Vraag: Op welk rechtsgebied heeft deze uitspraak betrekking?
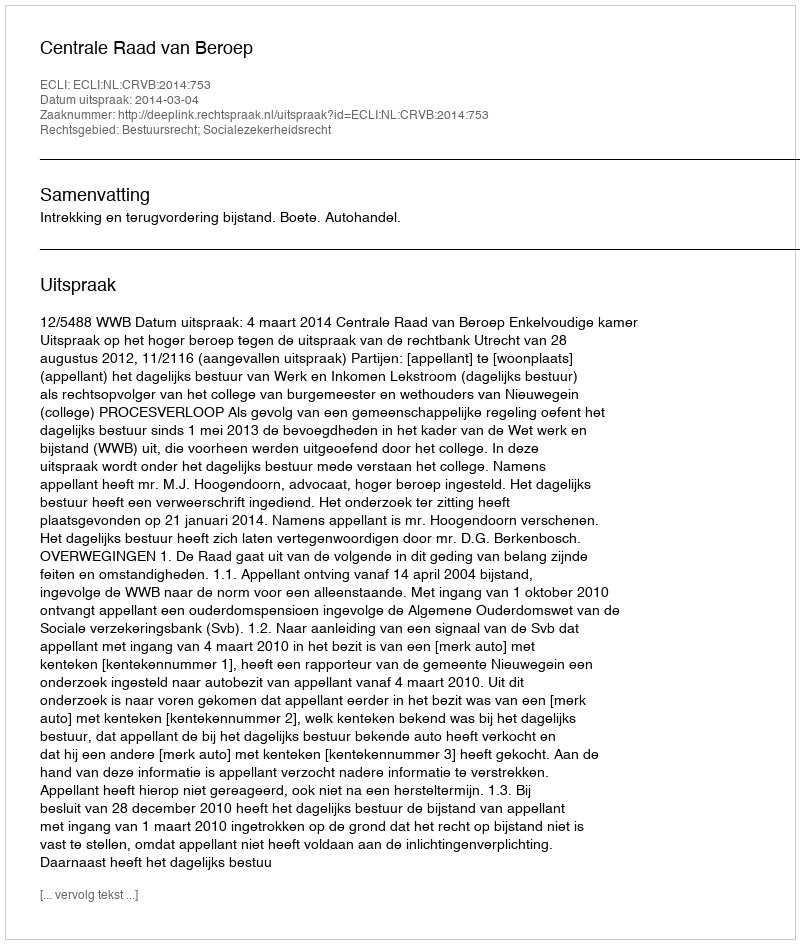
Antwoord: Bestuursrecht; Socialezekerheidsrecht